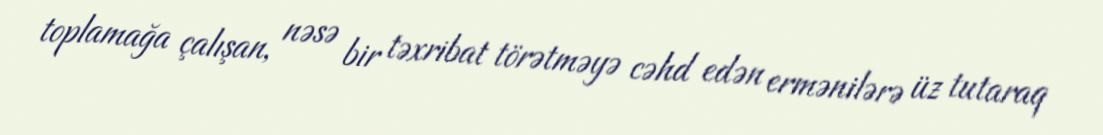
toplamağa çalışan, nəsə bir təxribat törətməyə cəhd edən ermənilərə üz tutaraq